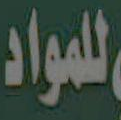
للمواد